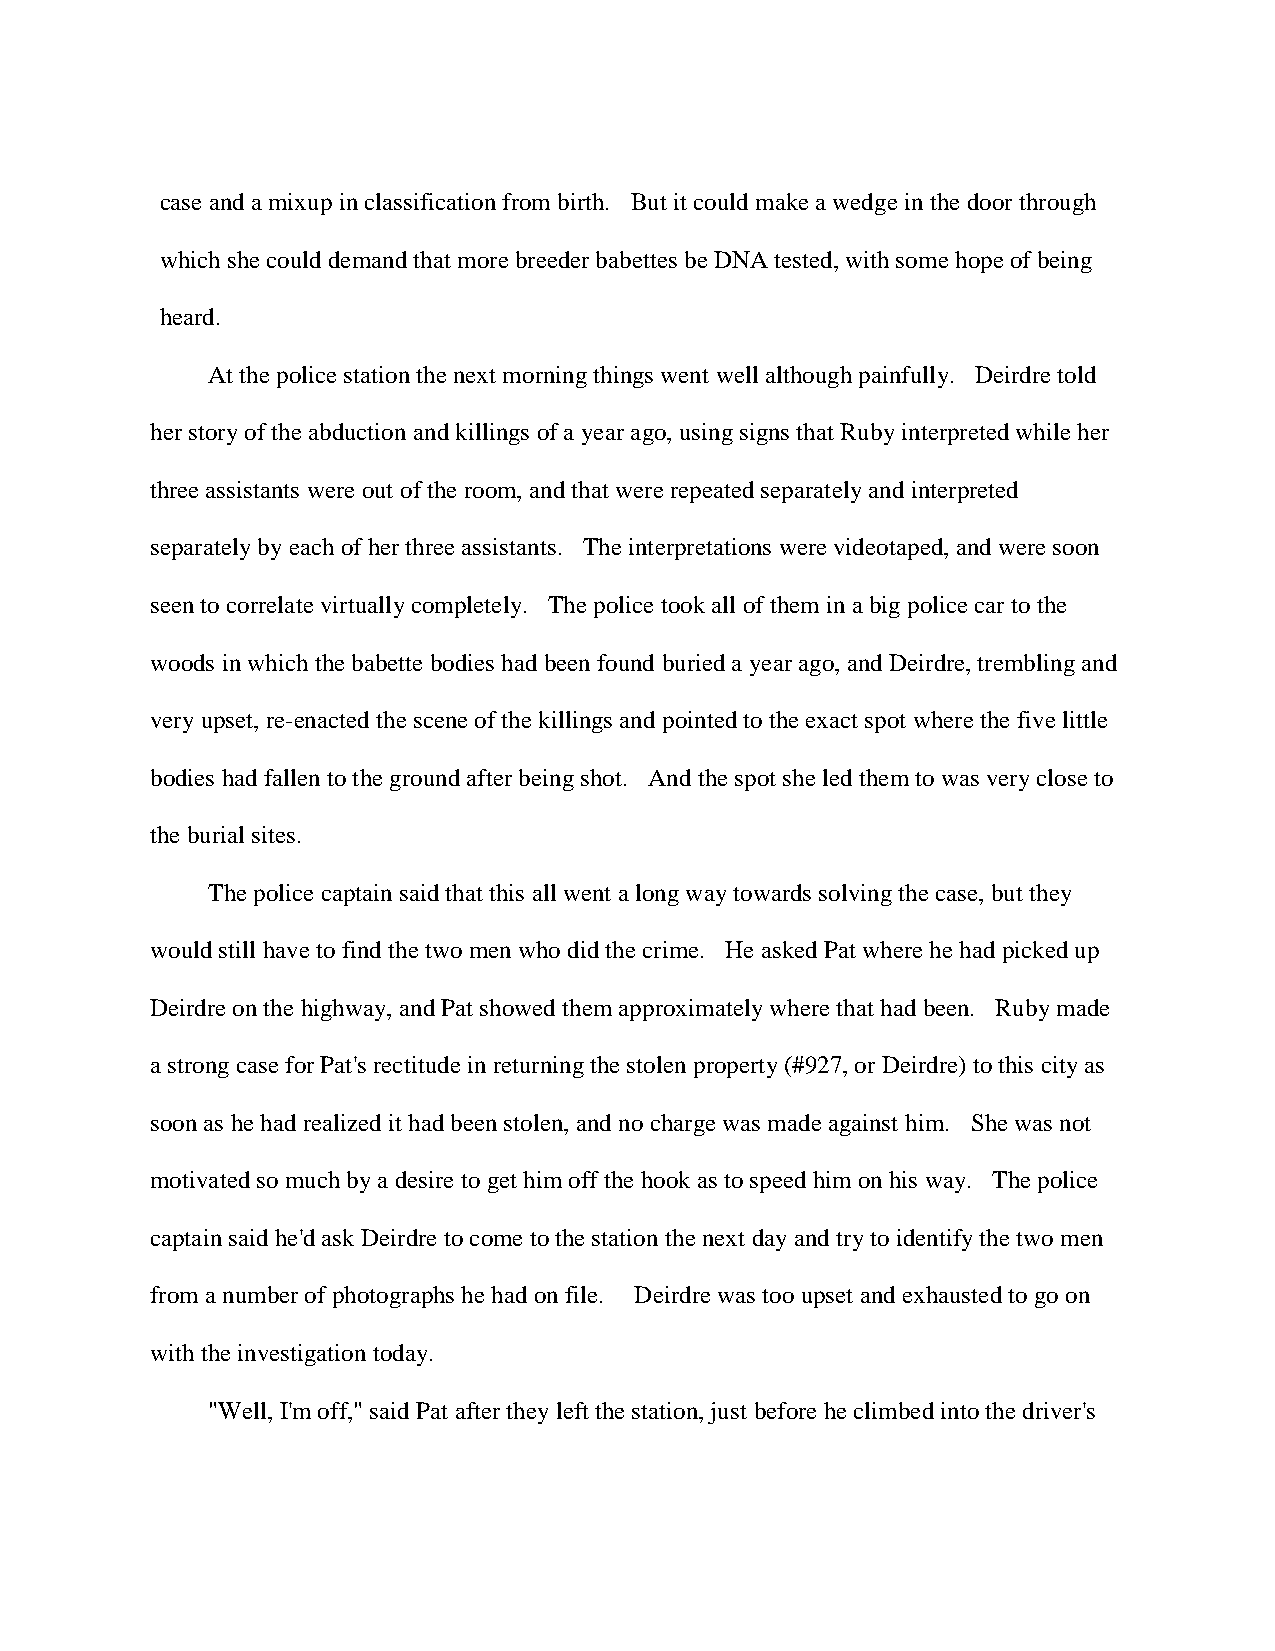
case and a mixup in classification from birth. But it could make a wedge in the door through
 which she could demand that more breeder babettes be DNA tested, with some hope of being
 heard.
 At the police station the next morning things went well although painfully. Deirdre told
 her story of the abduction and killings of a year ago, using signs that Ruby interpreted while her
 three assistants were out of the room, and that were repeated separately and interpreted
 separately by each of her three assistants. The interpretations were videotaped, and were soon
 seen to correlate virtually completely. The police took all of them in a big police car to the
 woods in which the babette bodies had been found buried a year ago, and Deirdre, trembling and
 very upset, re-enacted the scene of the killings and pointed to the exact spot where the five little
 bodies had fallen to the ground after being shot. And the spot she led them to was very close to
 the burial sites.
 The police captain said that this all went a long way towards solving the case, but they
 would still have to find the two men who did the crime. He asked Pat where he had picked up
 Deirdre on the highway, and Pat showed them approximately where that had been. Ruby made
 a strong case for Pat's rectitude in returning the stolen property (#927, or Deirdre) to this city as
 soon as he had realized it had been stolen, and no charge was made against him. She was not
 motivated so much by a desire to get him off the hook as to speed him on his way. The police
 captain said he'd ask Deirdre to come to the station the next day and try to identify the two men
 from a number of photographs he had on file. Deirdre was too upset and exhausted to go on
 with the investigation today.
 "Well, I'm off," said Pat after they left the station, just before he climbed into the driver's